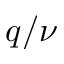
q / \nu